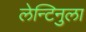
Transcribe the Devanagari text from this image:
लेन्टिनुला